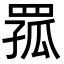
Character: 𦋆